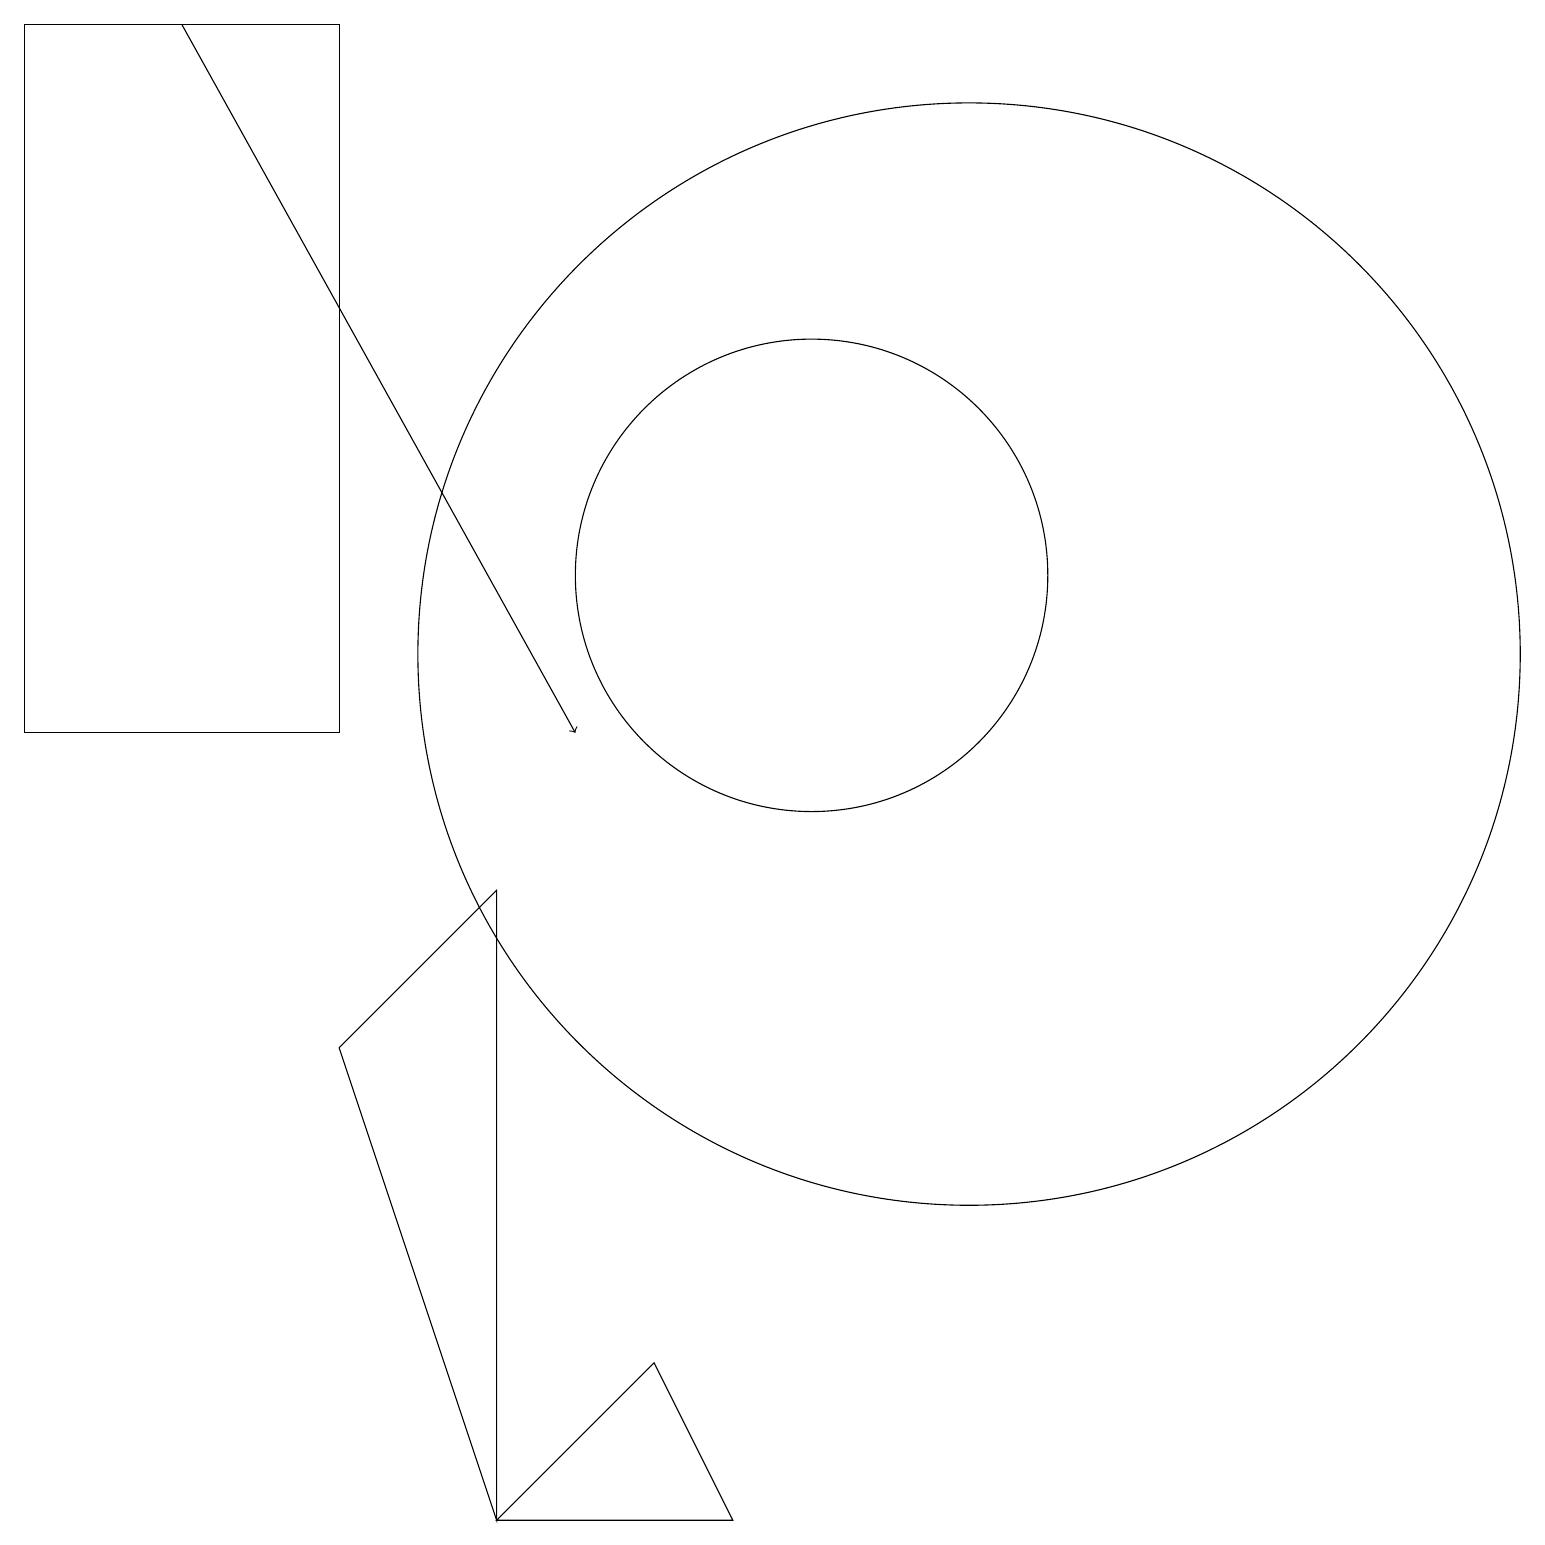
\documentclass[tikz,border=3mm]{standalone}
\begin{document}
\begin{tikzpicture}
\draw (0,19) rectangle (4,10);
\draw (12,11) circle (0);
\draw (10,12) circle (3);
\draw (6,0) -- (8,2) -- (9,0) -- cycle;
\draw (4,6) -- (6,8) -- (6,0) -- cycle;
\draw[->] (2,19) -- (7,10);
\draw (11,12) circle (0);
\draw (12,11) circle (7);
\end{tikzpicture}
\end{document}